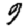
Digit: 9